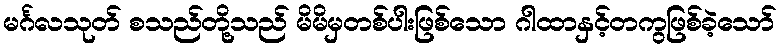
မင်္ဂလသုတ် စသည်တို့သည် မိမိမှတစ်ပါးဖြစ်သော ဂါထာနှင့်တကွဖြစ်ခဲ့သော်